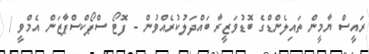
ރައީސް ޔާމީން ތައިލެންޑްގެ ބޮޑުވަޒީރާ ބައްދަލުކުރެއްވުން - ފޮޓޯ ސްޕޯކްސްޕާޒަން އެމްވީ /